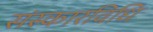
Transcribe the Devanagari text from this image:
संस्कारविधि